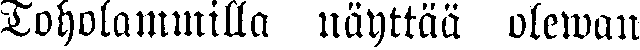
Toholammilla näyttää olewan